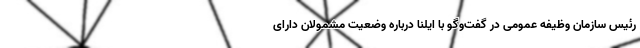
رئیس سازمان وظیفه عمومی در گفت‌وگو با ایلنا درباره وضعیت مشمولان دارای